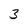
Character: 3